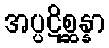
အပ္ပဋိစ္ဆန္နာ